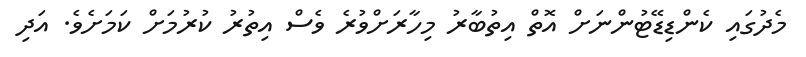
މެދުގައި ކެންޑިޑޭޓުންނަށް އޮތް އިތުބާރު މިހާރަށްވުރެ ވެސް އިތުރު ކުރުމަށް ކަމަށެވެ. އަދި